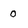
Character: 0